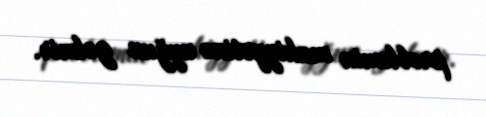
problemin mahiyyətinə uyğun gəlmir.